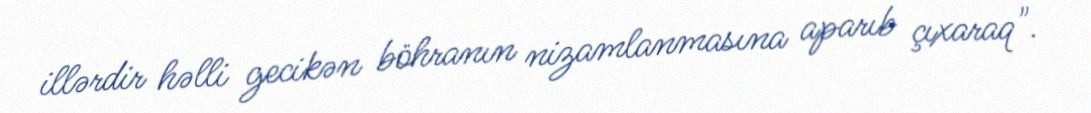
illərdir həlli gecikən böhranın nizamlanmasına aparıb çıxaraq".